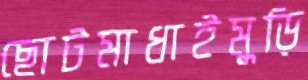
ছোটমাধাইমুড়ি